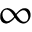
\infty